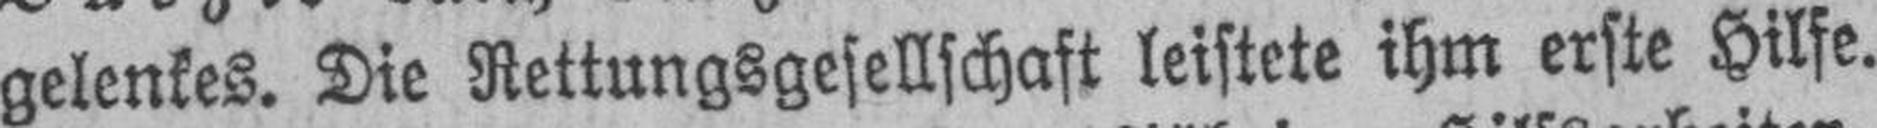
gelenkes. Die Rettungsgesellschaft leistete ihm erste Hilfe.